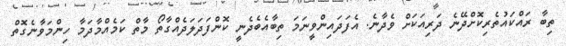
ތިބާ ރައްކައުތެރިކޮށްދޭނެ ދަރިއަކަށް ވެދާނެ. އެފަދައިންވީނަމަ ތިބާއެބެދެނީ ކޮންފަދަލަދެއްގާތޯ މާތް ކަމެއްމާދަމާ ހިންމަވާނެގޮތް